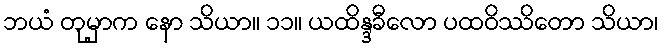
ဘယံ တုမှာက နော သိယာ။ ၁၁။ ယထိန္ဒခီလော ပထဝိဿိတော သိယာ၊